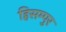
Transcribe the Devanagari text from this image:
हिसम्पुर